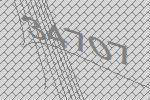
34707